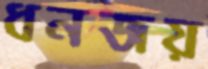
ধনজয়